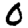
Digit: 0